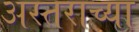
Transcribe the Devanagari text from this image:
अस्तराच्या